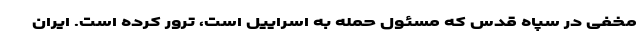
مخفی در سپاه قدس که مسئول حمله به اسراییل است، ترور کرده است. ایران